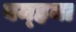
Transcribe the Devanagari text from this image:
बम्‍हना